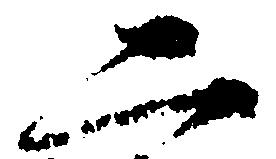
二